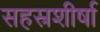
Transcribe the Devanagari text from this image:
सहस्रशीर्षा